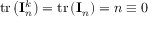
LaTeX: \operatorname { t r } \left( \mathbf { I } _ { n } ^ { k } \right) = \operatorname { t r } \left( \mathbf { I } _ { n } \right) = n \equiv 0